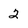
Character: 2